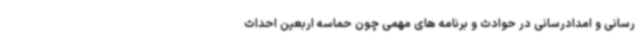
رسانی و امدادرسانی در حوادث و برنامه های مهمی چون حماسه اربعین احداث